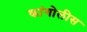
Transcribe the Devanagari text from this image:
कांगोलीस